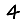
Digit: 4